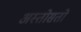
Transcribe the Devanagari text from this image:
अस्तोसतो